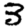
Digit: 3